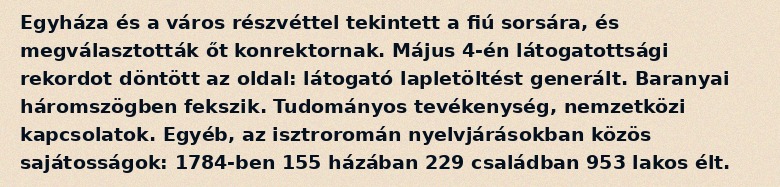
Egyháza és a város részvéttel tekintett a fiú sorsára, és megválasztották őt konrektornak. Május 4-én látogatottsági rekordot döntött az oldal: látogató lapletöltést generált. Baranyai háromszögben fekszik. Tudományos tevékenység, nemzetközi kapcsolatok. Egyéb, az isztroromán nyelvjárásokban közös sajátosságok: 1784-ben 155 házában 229 családban 953 lakos élt.